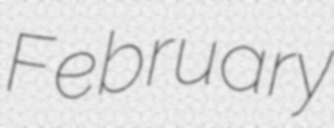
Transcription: February